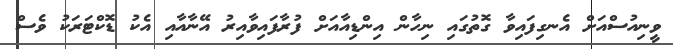
ވީނިއުސްއަށް އެނގިފައިވާ ގޮތުގައި ނިހާން އިންޑިއާއަށް ފުރާފައިވާއިރު އޭނާއާއި އެކު ޑޮކްޓަރަކު ވެސް